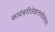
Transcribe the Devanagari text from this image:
कादंबरीलेखनासोबतच